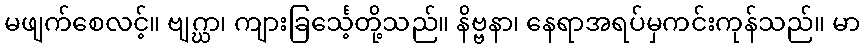
မဖျက်စေလင့်။ ဗျဂ္ဃာ၊ ကျားခြင်္သေ့တို့သည်။ နိဗ္ဗနာ၊ နေရာအရပ်မှကင်းကုန်သည်။ မာ